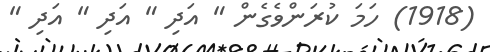
(1918) ހަމަ ކުރަންވެގެން " އަދި " އަދި " އަދި "